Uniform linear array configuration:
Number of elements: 4
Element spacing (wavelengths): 0.25
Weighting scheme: binomial
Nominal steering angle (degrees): -60
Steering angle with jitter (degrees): -61.392
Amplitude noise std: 0.05
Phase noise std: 0.05

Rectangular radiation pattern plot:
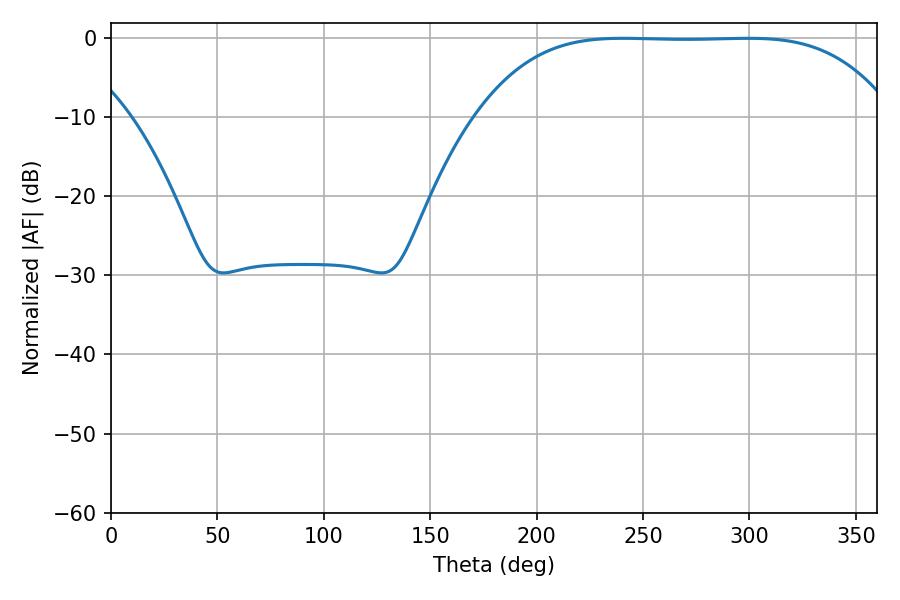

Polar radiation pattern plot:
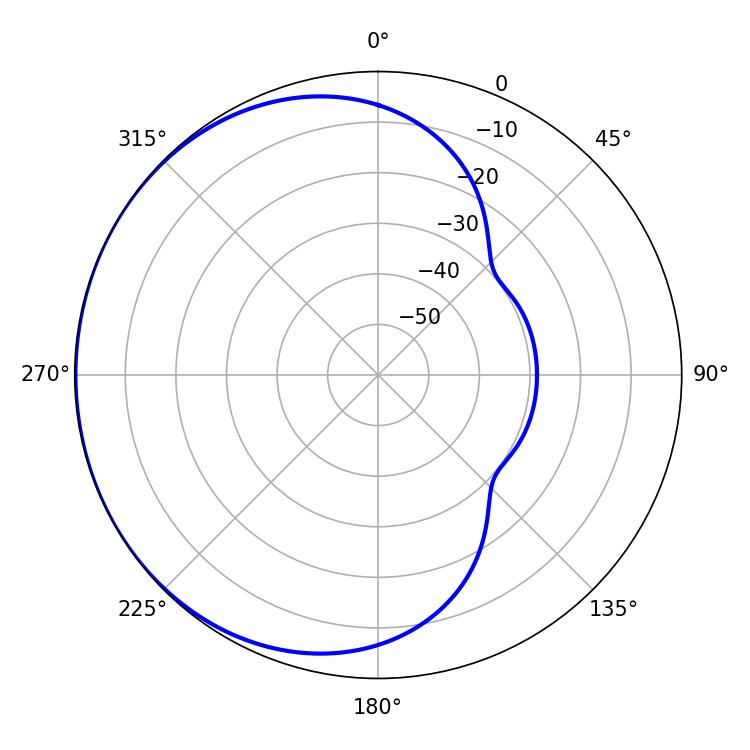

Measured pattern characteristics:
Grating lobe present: FALSE
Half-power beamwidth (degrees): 148.68
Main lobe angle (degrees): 240.48